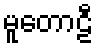
မူတောဠီ